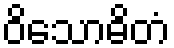
ဝိသောဓိတံ